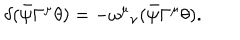
\delta ( \bar { \psi } \Gamma ^ { \mu } \theta ) = - { \omega ^ { \mu } } _ { \nu } ( \bar { \psi } \Gamma ^ { \mu } \theta ) .